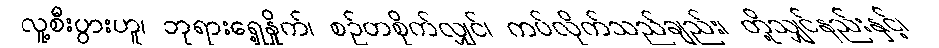
လူ့စီးပွားဟူ၊ ဘုရားရှေ့နှိုက်၊ စဉ်တစိုက်လျှင်၊ ကပ်လိုက်သည်ချည်း၊ တို့သျှင်နည်းနှင့်၊